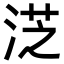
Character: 𣷸